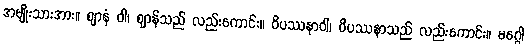
အမျိုးသားအား။ ဈာနံ ဝါ၊ ဈာန်သည် လည်းကောင်း။ ဝိပဿနာဝါ၊ ဝိပဿနာသည် လည်းကောင်း။ မဂ္ဂေါ